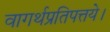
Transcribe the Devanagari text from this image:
वागर्थप्रतिपत्तये।